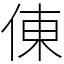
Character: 倲